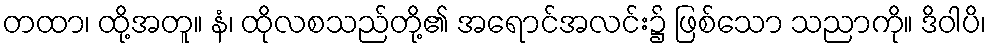
တထာ၊ ထို့အတူ။ နံ၊ ထိုလစသည်တို့၏ အရောင်အလင်း၌ ဖြစ်သော သညာကို။ ဒိဝါပိ၊